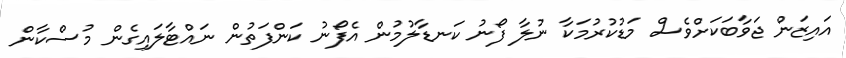
އައިޒަން ޖަވާބަކަށްވެސް މަޑުކުރުމަކާ ނުލާ ފޯނު ކަނޑާލުމުން އެފޯނު ކަންފަތުން ނައްޓާލައިގެން މުސްކާން